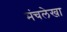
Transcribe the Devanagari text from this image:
मंचलेखा